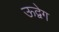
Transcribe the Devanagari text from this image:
ऊद्वेग